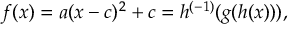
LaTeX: f ( x ) = a ( x - c ) ^ { 2 } + c = h ^ { ( - 1 ) } ( g ( h ( x ) ) ) , \,